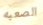
الصعبه